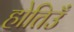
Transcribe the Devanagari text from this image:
होतिउँ